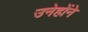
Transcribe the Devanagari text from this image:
उनेहोंने